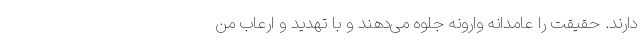
دارند. حقیقت را عامدانه وارونه جلوه می‌دهند و با تهدید و ارعاب من